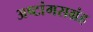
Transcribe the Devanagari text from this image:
अष्टांगसग्रंह